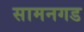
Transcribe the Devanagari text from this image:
सामनगड